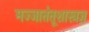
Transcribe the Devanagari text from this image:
मज्जातंतूशास्त्रज्ञ